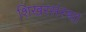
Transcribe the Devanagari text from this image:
शिखरसंस्था